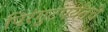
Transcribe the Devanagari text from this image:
पिरंगुटपर्यंतचे